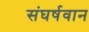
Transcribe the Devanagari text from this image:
संघर्षवान